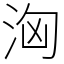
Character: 洶